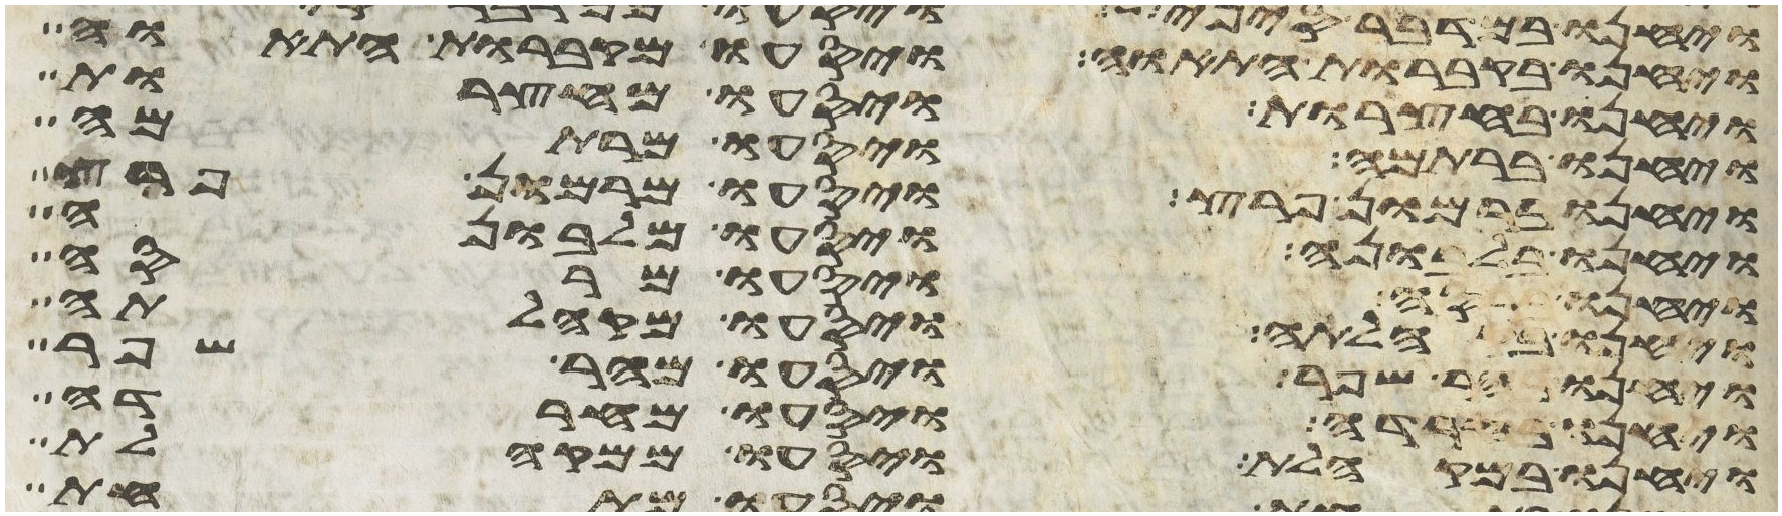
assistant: ויחנו בקברות התאוה ויסעו מקברות התאוה
ויחנו בחצרות ויסעו מחצרות
ויחנו ברתמה ויסעו מרתמה
ויחנו ברמון פרץ ויסעו מרמון פרץ
ויחנו בלבונה ויסעו מלבונה
ויחנו ברסה ויסעו מרסה
ויחנו בקהלתה ויסעו מקהלתה
ויחנו בהר שפר ויסעו מהר שפר
ויחנו בחרדה ויסעו מחרדה
ויחנו במקהלת ויסעו ממקהלת